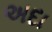
અદા